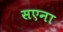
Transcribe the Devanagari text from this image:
सएना